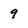
Character: 9